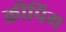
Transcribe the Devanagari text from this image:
क्रीपिंग